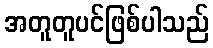
အတူတူပင်ဖြစ်ပါသည်